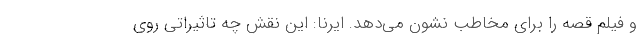
و فیلم قصه را برای مخاطب نشون می‌دهد. ایرنا: این نقش چه تاثیراتی روی